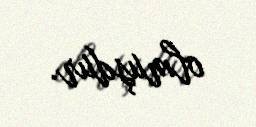
olmuşdur.